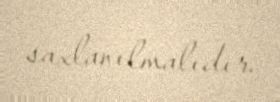
saxlanılmalıdır.